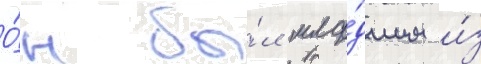
О́н бы́л мла́дшим и́з